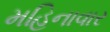
મહિનાવાર